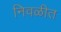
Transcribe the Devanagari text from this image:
निवळीत